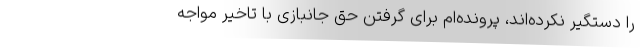
را دستگیر نکرده‌اند، پرونده‌ام برای گرفتن حق جانبازی با تاخیر مواجه